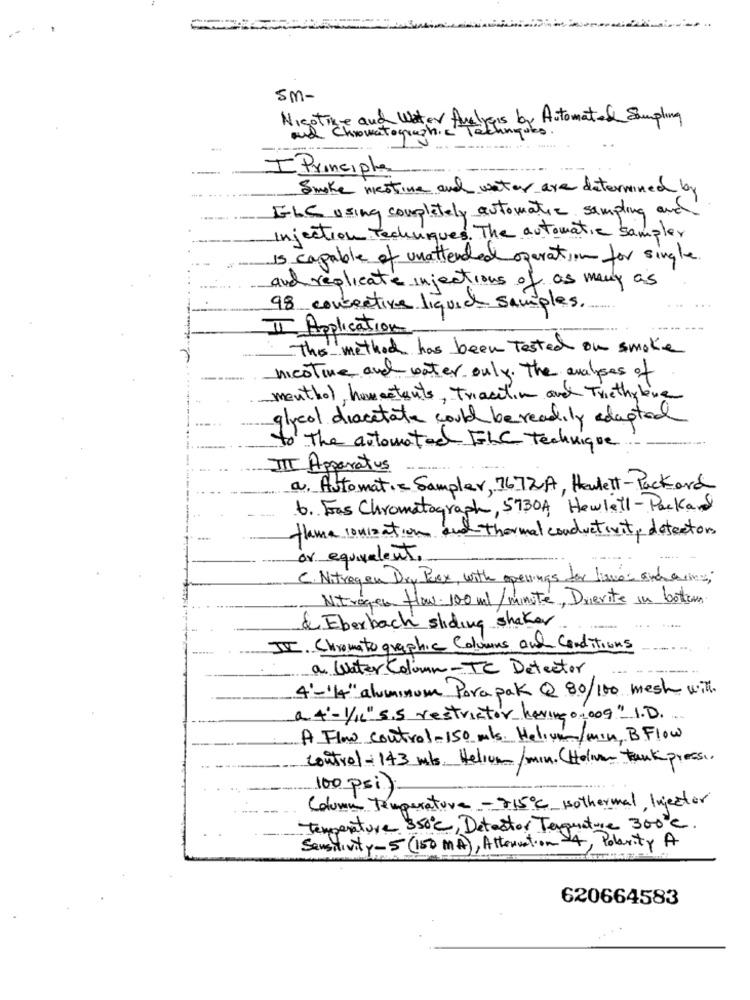
sm-
Nicotine and Water Analysis by Automated Sampling
I Principle
Smoke mestine and water are determined by
ELC using completely automatic sampling and
Injection Techniques. The automatic sampler
is capable of unattended operation for single.
and replicate injections of as many as
98 consective liquid samples.
II Application
The method has been Tested on smoke
--
nicotine and water only. The analyses of
menthol, homeetants, Triacctin and Triethylene
glycol diacetate could be readily adapted
to the automated FLC Technique
III Apparatus
a. Automatic Sampler, 7672A, Hewlett-Packard
6. Fas Chromatograph, 5730A Hewlett- Packard
flame ionization and thermal conductivity detectors
or equivalent.
C. Nitrogen Dry Pex, with openings for limos and aring;
Nitrogen flow. 100 ml/minute, Drievite in bottom.
& Eberbach sliding shaker
III. Chromato graphie Columns and Conditions
a Water Column-TC Detector
4'-'4" aluminum Pora pak Q 80/100 mesh with
a 4'- 1/12" 5.5 restrictor having 01009" 1.D.
A Flow control- 150 mls. Helium/min, B Flow
control -143 mls. Helium/min. (Holvar tank pressi.
100 psi)
Column Temperatura - 815℃ sothermal Injector
Temperature 350℃, Detector Texprature 300℃.
Sensitivity- 5 (150 MA), Attenuation -4, Polarity A
620664583